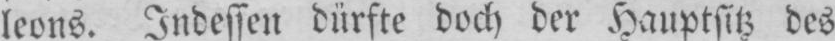
leons. Indessen dürfte doch der Hauptsitz des